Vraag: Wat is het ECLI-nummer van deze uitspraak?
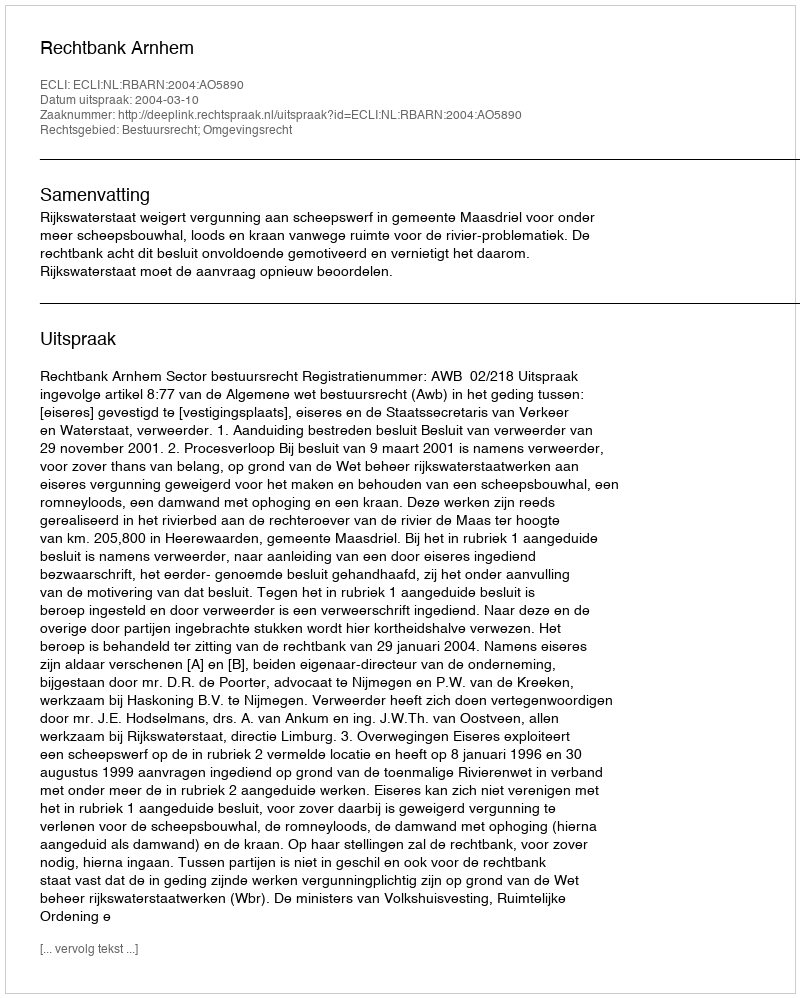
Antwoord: ECLI:NL:RBARN:2004:AO5890